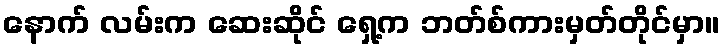
နောက် လမ်းက ဆေးဆိုင် ရှေ့က ဘတ်စ်ကားမှတ်တိုင်မှာ။